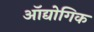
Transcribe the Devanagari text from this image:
ऑद्योगिक